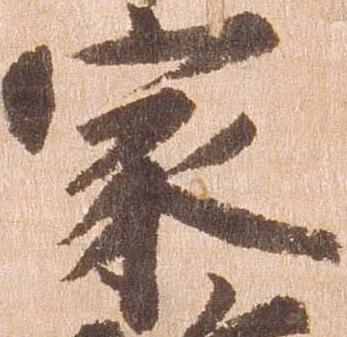
家